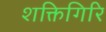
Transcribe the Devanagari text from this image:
शक्तिगिरि